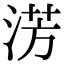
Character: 淓